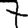
Digit: 7